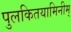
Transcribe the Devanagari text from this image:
पुलकितयामिनीम्